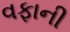
વફાની